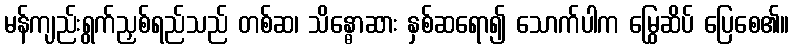
မန်ကျည်းရွက်ညှစ်ရည်သည် တစ်ဆ၊ သိန္ဓောဆား နှစ်ဆရော၍ သောက်ပါက မြွေဆိပ် ပြေစေ၏။